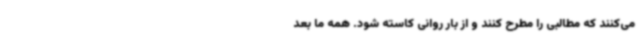
می‌کنند که مطالبی را مطرح کنند و از بار روانی کاسته شود. همه ما بعد